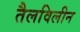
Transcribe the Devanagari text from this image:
तैलविलीन